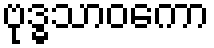
ဗုဒ္ဓသာဝကော